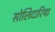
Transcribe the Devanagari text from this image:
सोलिदारिया